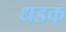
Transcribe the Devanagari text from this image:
धडक्